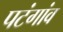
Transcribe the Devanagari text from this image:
पटंगांव